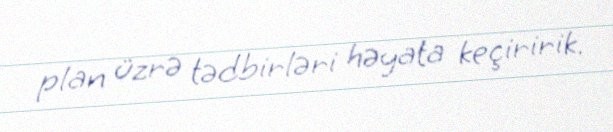
plan üzrə tədbirləri həyata keçiririk.